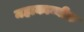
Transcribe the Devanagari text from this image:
महाकाव्यीक